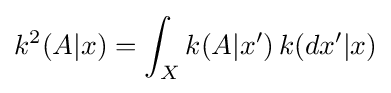
k^{2}(A|x)=\int _{X}k(A|x')\,k(dx'|x)